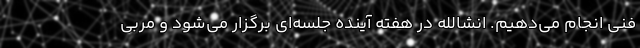
فنی انجام می‌دهیم. انشالله در هفته آینده جلسه‌ای برگزار می‌شود و مربی